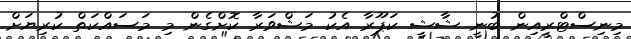
މިނިސްޓްރީއިން ބުނީ ޝާޝީ ކަޕޫރާ އެކު މަޝްވަރާ ކޮށްގެން މި މަސައްކަތް ކުރިޔަށް